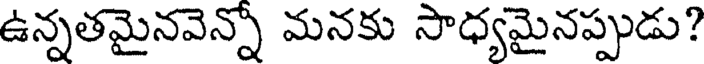
ఉన్నతమైనవెన్నో మనకు సాధ్యమైనప్పుడు?